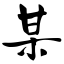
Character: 某